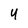
Character: 4